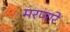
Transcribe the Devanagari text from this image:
मरणारे